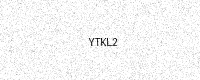
Text: YTKL2